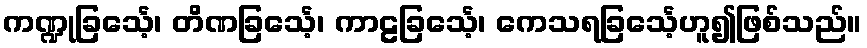
ကဏ္ဍုခြင်္သေ့၊ တိဏခြင်္သေ့၊ ကာဠခြင်္သေ့၊ ကေသရခြင်္သေ့ဟူ၍ဖြစ်သည်။